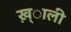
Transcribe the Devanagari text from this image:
ख़्ाली